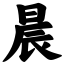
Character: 晨